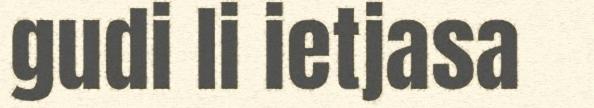
gudi li ietjasa